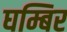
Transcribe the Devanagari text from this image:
घम्बिर